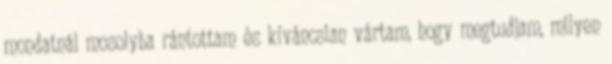
mondatnál mosolyba rántottam és kíváncsian vártam, hogy megtudjam, milyen